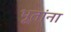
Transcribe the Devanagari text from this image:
भूतांना